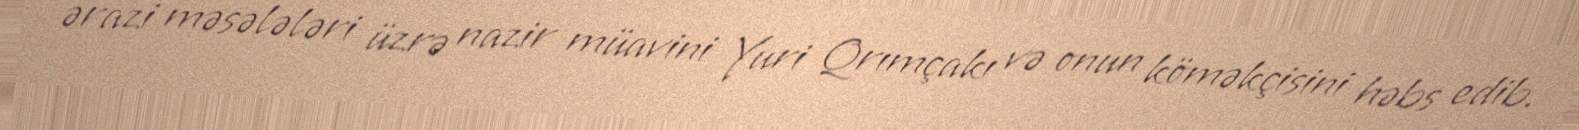
ərazi məsələləri üzrə nazir müavini Yuri Qrımçakı və onun köməkçisini həbs edib.